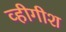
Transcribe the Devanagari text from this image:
व्हीगीश